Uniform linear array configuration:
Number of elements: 64
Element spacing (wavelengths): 1
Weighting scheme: exponential
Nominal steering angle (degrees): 45
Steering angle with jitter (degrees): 46.534
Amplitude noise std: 0.05
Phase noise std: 0.05

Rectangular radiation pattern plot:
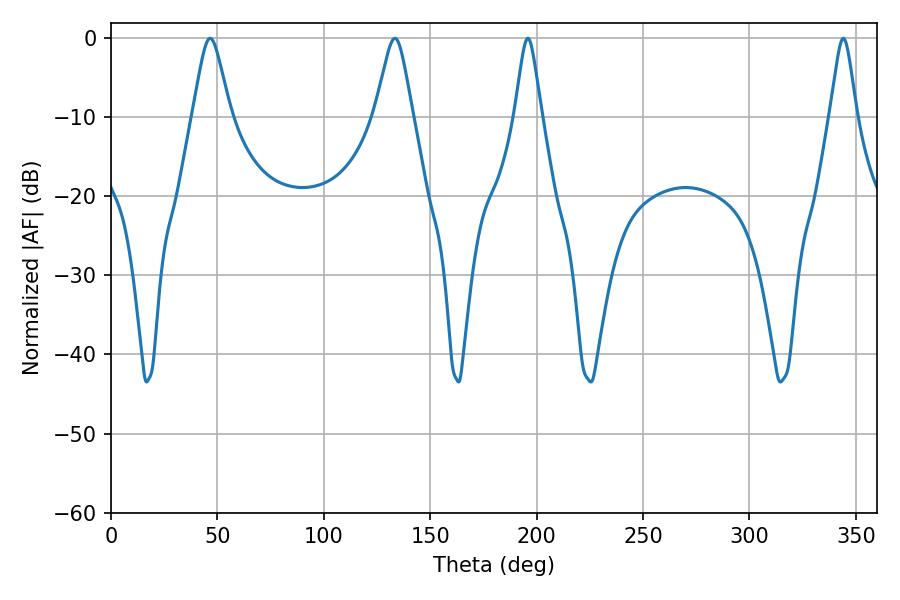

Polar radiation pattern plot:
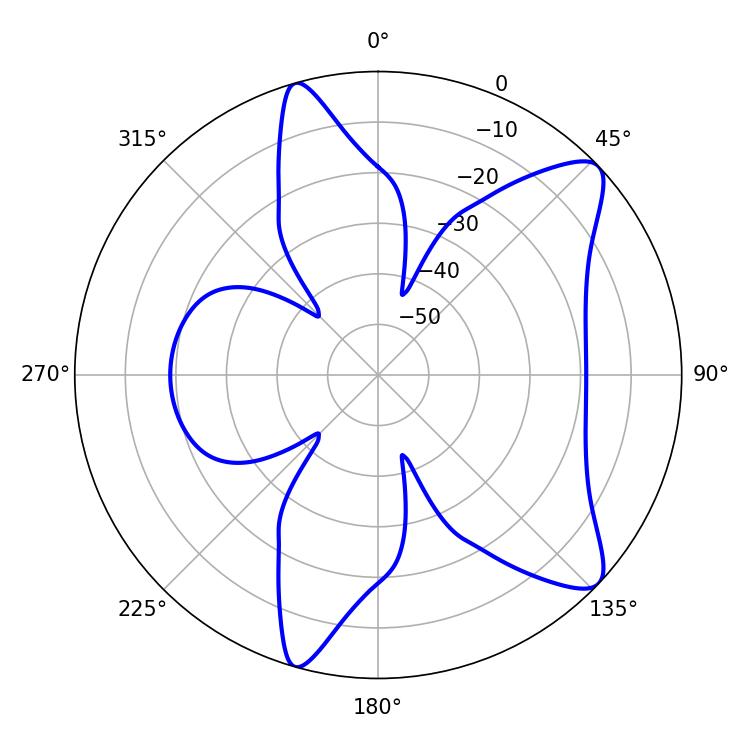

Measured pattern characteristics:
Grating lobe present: TRUE
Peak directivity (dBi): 9.964
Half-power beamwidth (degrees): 8.46
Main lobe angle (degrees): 46.62